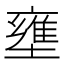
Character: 壅